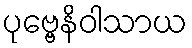
ပုဗ္ဗေနိဝါသာယ